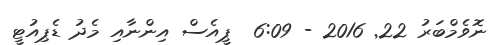
ނޮވެމްބަރު 22